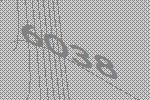
6038